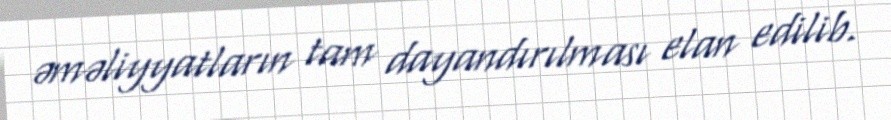
əməliyyatların tam dayandırılması elan edilib.